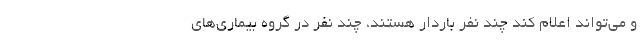
و می‌تواند اعلام کند چند نفر باردار هستند، چند نفر در گروه بیماری‌های